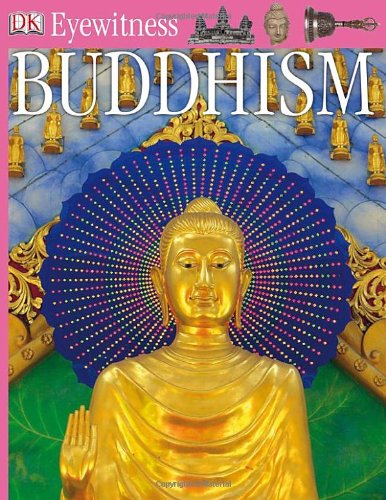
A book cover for Buddhism (Eyewitness Books); Philip Wilkinson; Children's Books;